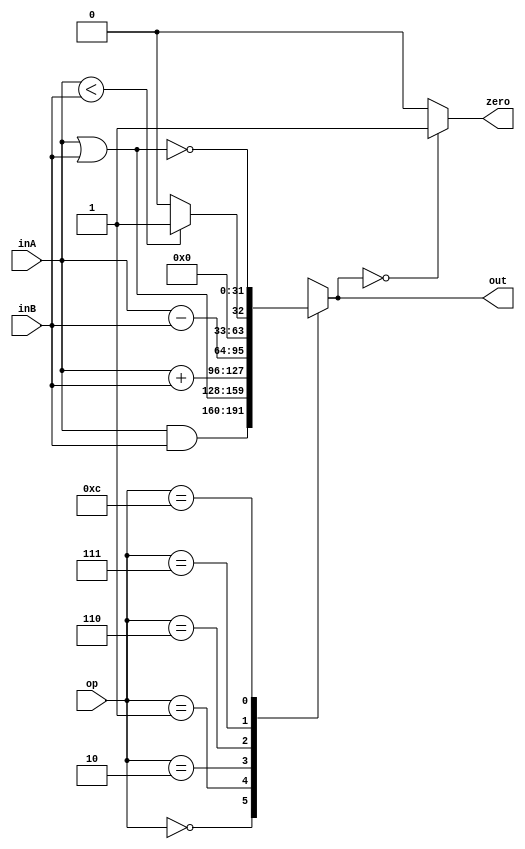
// This file contains library modules to be used in your design. 
//`include "constants.h"
`timescale 1ns/1ps

// Small ALU. 
//     Inputs: inA, inB, op. 
//     Output: out, zero
// Operations: bitwise and (op = 0)
//             bitwise or  (op = 1)
//             addition (op = 2)
//             subtraction (op = 6)
//             slt  (op = 7)
//             nor (op = 12)
module ALU #(parameter N=32,O=4)( 	output reg [N-1 : 0]out,
					output reg zero,
					input [N-1 : 0]inA,
					input [N-1 : 0]inB,
					input [O-1 : 0]op );

parameter AND_OP = 0 ,
		OR_OP  = 1 ,
		ADD_OP = 2 ,
		SUB_OP = 6 ,
		SLT_OP = 7 ,
		NOR_OP = 12;

always @(inA, inB, op)

	begin
		case(op)
			AND_OP  : out = inA & inB;
			OR_OP   : out = inA | inB;
			ADD_OP  : out = inA + inB;
			SUB_OP  : out = inA - inB;
			SLT_OP  : out = ((inA < inB)? 1 : 0);
			NOR_OP  : out = ~(inA | inB);
			default : out = 'bx;
		endcase

		if (out == 0) zero = 1'b1;
		else	      zero = 1'b0;
	end

endmodule

// Memory (active 1024 words, from 10 address lsbs).
// Read : enable ren, address addr, data dout
// Write: enable wen, address addr, data din.
module Memory #(parameter N=32)( output [N-1:0] dout,
		input ren,
		input wen,
  		input  [N-1:0] addr,
		input [N-1:0]din);


  reg [31:0] data[4095:0];


  always @(ren or wen)   // It does not correspond to hardware. Just for error detection
    if (ren & wen)
      $display ("\nMemory ERROR (time %0d): ren and wen both active!\n", $time);

  always @(posedge ren or posedge wen) begin // It does not correspond to hardware. Just for error detection
    if (addr[31:10] != 0)
      $display("Memory WARNING (time %0d): address msbs are not zero\n", $time);
  end  

  assign dout = ((wen==1'b0) && (ren==1'b1)) ? data[addr[9:0]] : 'bx;  

  always @(din or wen or ren or addr)
   begin
    if ((wen == 1'b1) && (ren==1'b0))
        data[addr[9:0]] = din;
   end

endmodule




// Register File. Read ports: address raA, data rdA
//                            address raB, data rdB
//                Write port: address wa, data wd, enable wen.
module RegFile #(parameter N = 32, R = 5)

		( output reg[N-1 : 0] rdA,

		  output reg[N-1 : 0] rdB,

		  input clock, 

		  input reset,

		  input [R-1 : 0] raA,

		  input [R-1 : 0] raB,

		  input [R-1 : 0] wa,

		  input wen, 

		  input [N-1 : 0] wd);

//our registers

reg [N-1 : 0]data[N-1 : 0];

//for loops

integer i;

//RESET

always @(negedge reset)

begin

	for (i = 0; i < N; i = i + 1)  data[i] = 0;

	rdA = 0;

	rdB = 0;

end



//READ

always @(raA, raB)

begin 

	rdA <= data[raA];	

	rdB <= data[raB];		

end



//WRITE

always @(negedge clock)

begin

	//if reset is set all regs to zero

	if (reset && wen) data[wa] <= wa? wd : 0;	

end

endmodule




//A SIMPLE MUX
// WHEN sel = 0 res = ch_0
// WHEN sel = 1 res = ch_1
module MUX #(parameter N = 32)( output reg [N-1 : 0]res,
				input  sel,
				input  [N-1 : 0]ch_0,
				input  [N-1 : 0]ch_1);

always @(*)
begin
	case (sel)
		1'b0 : res = ch_0;
		1'b1 : res = ch_1;
endcase
end

endmodule



//THIS MODULE CONTROLS THE ALU
//AND DECIDES THE OPERATION THAT 
//WILL BE COMPLETED
module ControlALU #(parameter P=4, F = 6)(	output reg[P-1:0]op,
						input [1:0] ALUOp,
						input [F-1:0] func);

parameter FORMAT_R 	= 2,
		  ADD 	= 0,
		  SUB   	= 1;
		 
parameter	 R_ADD   = 6'h20,
		 R_SUB	= 6'h22,
		 R_AND	= 6'h24,
		 R_OR	= 6'h25,
		 R_SLT	= 6'h2a;

always @(*)
begin 
	case (ALUOp)
		FORMAT_R :
		begin
			case(func)
				R_ADD : op = 4'b0010;
				R_SUB : op = 4'b0110;
				R_AND : op = 4'b0000;
				R_OR  : op = 4'b0001;
				R_SLT : op = 4'b0111;
				default:op = 'bx;
			endcase
		end
		SUB :
			op = 4'b0110;
		ADD :
			op = 4'b0010;
		
	endcase
end
endmodule



module sign_extend #(parameter I=16,O=32)(	output reg [O-1:0]out,
											input [I-1:0] inp);



always @(inp)
begin
   
   out[O-1:0] = {{(O - I){inp[I - 1]}}, inp[I-1:0] };

end

endmodule



//A SIMPLE AND PORT
//res = inp_1 & inp_2
module AND_PORT(output reg res,
		input  inp_1,
		input  inp_2);

always @(*)
begin
	res = inp_1 & inp_2;	
end

endmodule